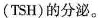
(TSH)的分泌。